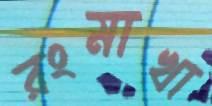
রংমাখা